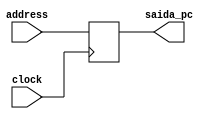
module PC(address,clock,saida_pc);

	input clock;
	input [7:0]address;  			//tamanho do salto
	output [7:0]saida_pc;	

	reg [7:0] valor;			//valor atual de PC

	assign saida_pc = valor;
	
	initial begin
		valor = 0;
	end

	always @(posedge clock) begin
		valor = address;
	end

endmodule


/*module teste_pc;

	reg clock;
	reg [7:0] incremento;
	reg [7:0] contador;

	wire [7:0] saida_pc;

	initial begin
		$monitor("%0d = PC[%b] incremento=%b  CLK[%d]",$time,saida_pc,incremento,clock);
		incremento=1;
		clock = 0;
	end

	always begin
		$monitoron;
		for (contador = 0 ; contador <=10 ; contador = contador + 1)
		begin
			#1 clock = ~clock;
		end
		incremento=2;
		for(contador = 0 ; contador <=5 ; contador = contador + 1)
		begin
			#1 clock = ~clock;
		end
		incremento=5;
		for(contador = 0 ; contador <=5 ; contador = contador + 1)
		begin
			#1 clock = ~clock;
		end
		$monitoroff;
		$stop;
	end
	PC t_PC(incremento,clock,saida_pc);
endmodule
*/